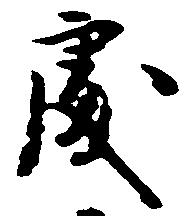
処